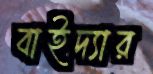
বাইদ্যার